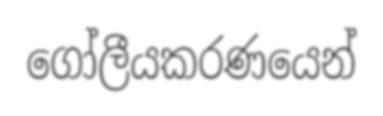
ගෝලීයකරණයෙන්